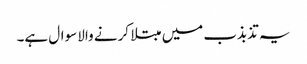
یہ تذبذب میں مبتلا کرنے والا سوال ہے۔